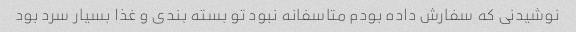
نوشیدنی که سفارش داده بودم متاسفانه نبود تو بسته بندی و غذا بسیار سرد بود